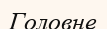
Головне